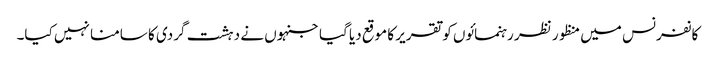
کانفرنس میں منظور نظر رہنمائوں کو تقریر کا موقع دیا گیا جنہوں نے دہشت گردی کا سامنا نہیں کیا۔